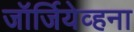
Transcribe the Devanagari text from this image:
जॉर्जियेव्हना